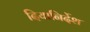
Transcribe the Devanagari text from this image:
दियानिर्देश